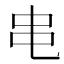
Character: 𫩙